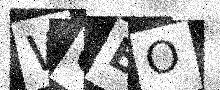
Text: W0BO